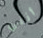
أنني